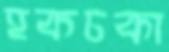
হকচকা